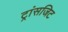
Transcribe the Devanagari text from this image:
ट्रांसजिट